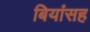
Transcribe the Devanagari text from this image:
बियांसह